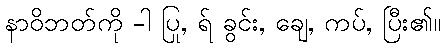
နာဝိဘတ်ကို -ါ ပြု, ရ် ခွင်း, ချေ, ကပ်, ပြီး၏။